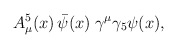
\begin{align*}A^5_\mu(x)\,\bar\psi(x)\;\gamma^\mu\gamma_5\psi(x), \end{align*}